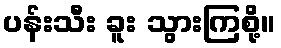
ပန်းသီး ခူး သွားကြစို့။